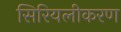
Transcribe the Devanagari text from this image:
सिरियलीकरण